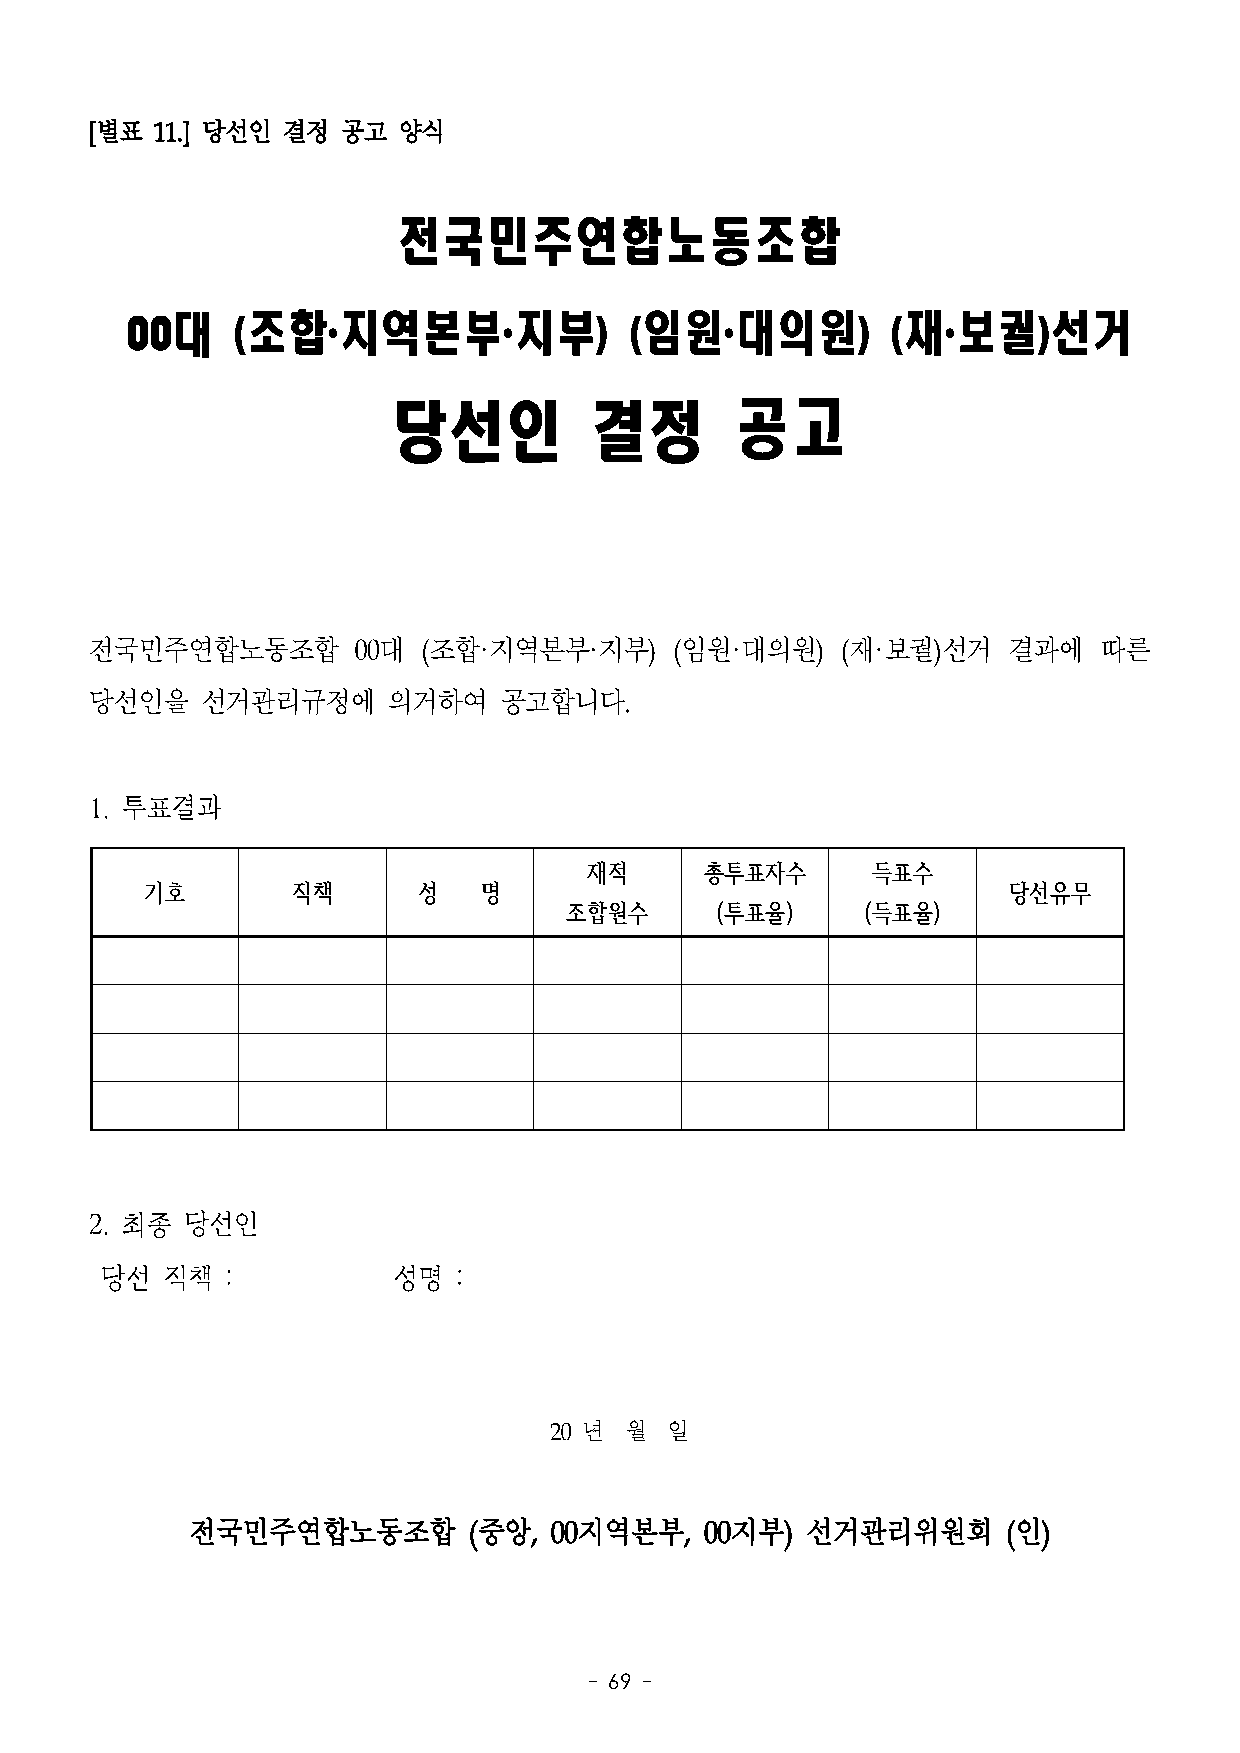
[별표 11.] 당선인 결정  공고 양식
 전국민주연합노동조합
 00대    (조합·지역본부·지부)               (임원·대의원)         (재·보궐)선거
 당선인          결정       공고
 전국민주연합노동조합       00대  (조합·지역본부·지부)     (임원·대의원)   (재·보궐)선거   결과에   따른
 당선인을   선거관리규정에      의거하여   공고합니다.
 1. 투표결과
 재적      총투표자수      득표수
 기호       직책       성   명                                  당선유무
 조합원수      (투표율)     (득표율)
 2. 최종 당선인
 당선  직책  :          성명  :
 20 년 월  일
 전국민주연합노동조합         (중앙, 00지역본부,    00지부) 선거관리위원회       (인)
 - 69 -